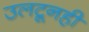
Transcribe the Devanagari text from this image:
उलटूनही